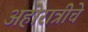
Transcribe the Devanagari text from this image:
अहोरात्रीचे